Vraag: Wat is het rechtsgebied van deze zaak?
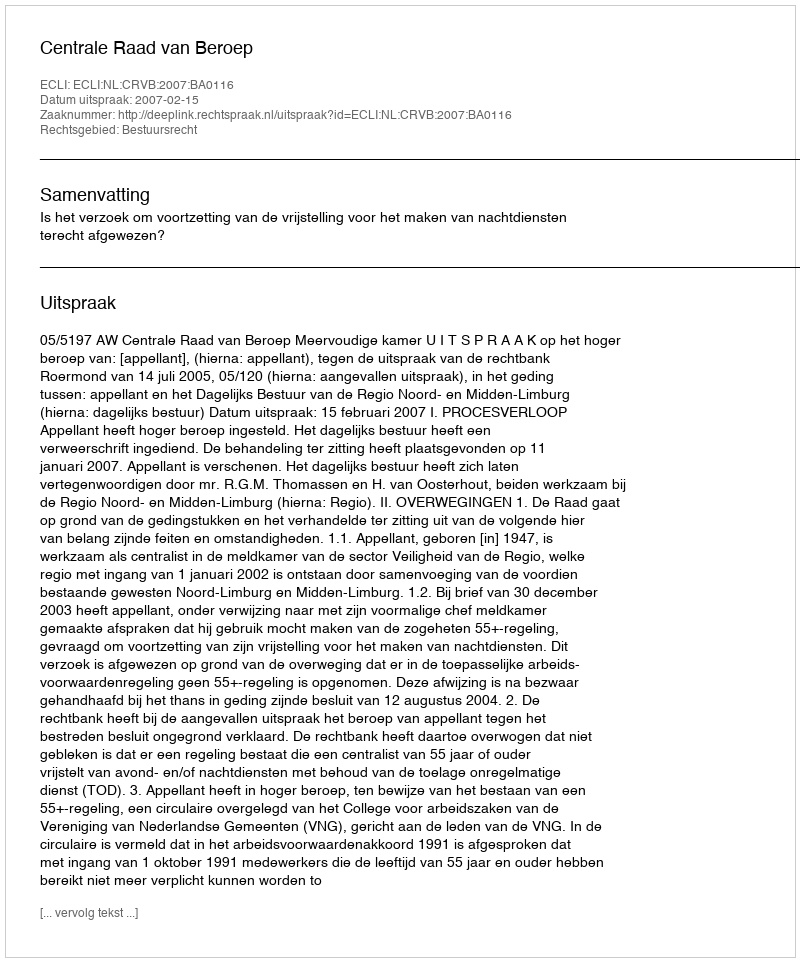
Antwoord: Bestuursrecht